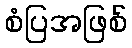
စံပြအဖြစ်